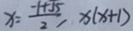
x = \frac { - 1 + \sqrt { 5 } } { 2 } , x ( x + 1 )